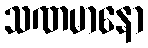
သဏမာနော